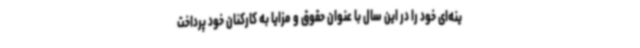
ینه‌ای خود را در این سال با عنوان حقوق و مزایا به کارکنان خود پرداخت